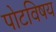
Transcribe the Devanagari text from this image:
पोटविषय